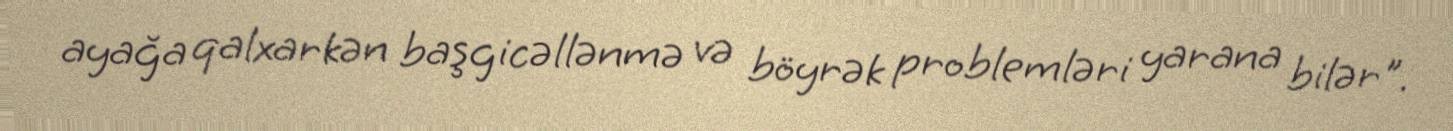
ayağa qalxarkən başgicəllənmə və böyrək problemləri yarana bilər".